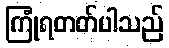
ကြုံရတတ်ပါသည်